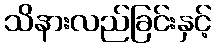
သိနားလည်ခြင်းနှင့်